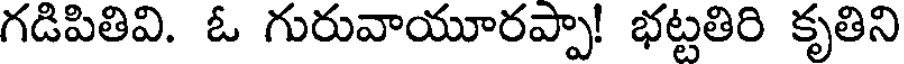
గడిపితివి. ఓ గురువాయూరప్పా! భట్టతిరి కృతిని